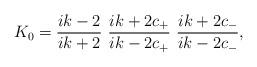
LaTeX: \begin{align*}K_0=\frac{ik-2}{ ik+2}\ \frac{ik+2c_+}{ik-2c_+}\ \frac{ik+2c_-}{ik-2c_-},\end{align*}